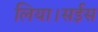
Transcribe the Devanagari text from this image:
लिया।सईस